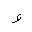
Letter: _waw